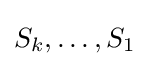
S_{k},\ldots ,S_{1}